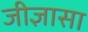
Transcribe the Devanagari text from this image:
जीज्ञासा